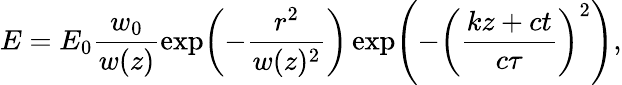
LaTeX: E=E_{0}\frac{w_{0}}{w(z)}\exp\! \left(-\frac{r^{2}}{w(z)^{2}}\right)\exp\! \left(-\left(\frac{kz+ct}{c\tau}\right)^{2}\right),